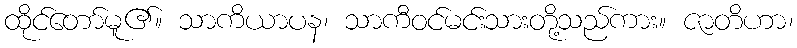
ထိုင်တော်မူ၏။ သာကိယာပန၊ သာကီဝင်မင်းသားတို့သည်ကား။ ဇာတိဟာ၊